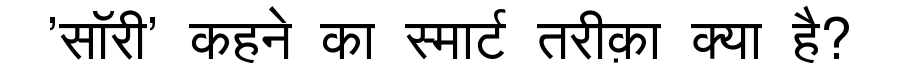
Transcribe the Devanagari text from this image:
'सॉरी' कहने का स्मार्ट तरीक़ा क्या है?